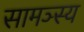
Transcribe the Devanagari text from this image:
सामञ्स्य